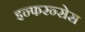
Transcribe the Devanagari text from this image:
इन्फरन्सेस